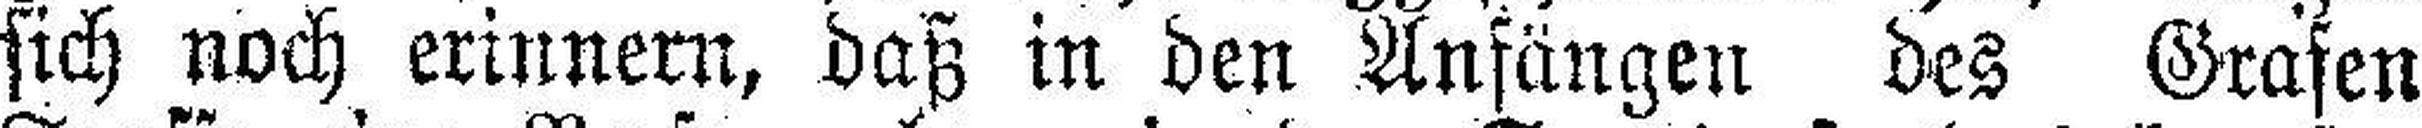
sich noch erinnern, daß in den Anfängen des Grafen